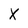
Character: X